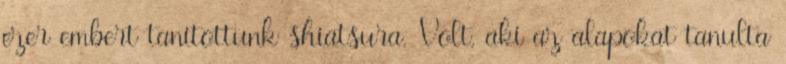
ezer embert tanítottunk shiatsura. Volt, aki az alapokat tanulta